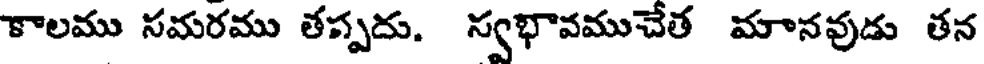
కాలము సమరము తస్పదు. స్వభావముచేత మానవుడు తన